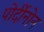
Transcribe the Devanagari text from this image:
पोर्दीनोन